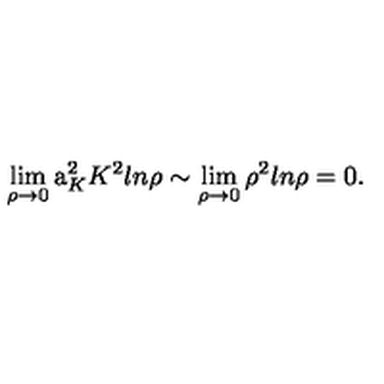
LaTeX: \lim _ { \rho \to 0 } \mathrm { \Large a } _ { K } ^ { 2 } K ^ { 2 } l n \rho \sim \lim _ { \rho \to 0 } \rho ^ { 2 } l n \rho = 0 .